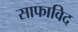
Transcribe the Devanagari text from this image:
साफाविद